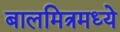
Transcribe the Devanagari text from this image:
बालमित्रमध्ये